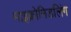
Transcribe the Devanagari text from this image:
माइक्रोनिडलिंग